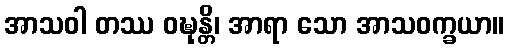
အာသဝါ တဿ ဝဍ္ဎုန္တိ၊ အာရာ သော အာသဝက္ခယာ။